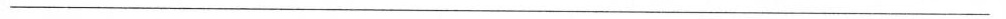
___